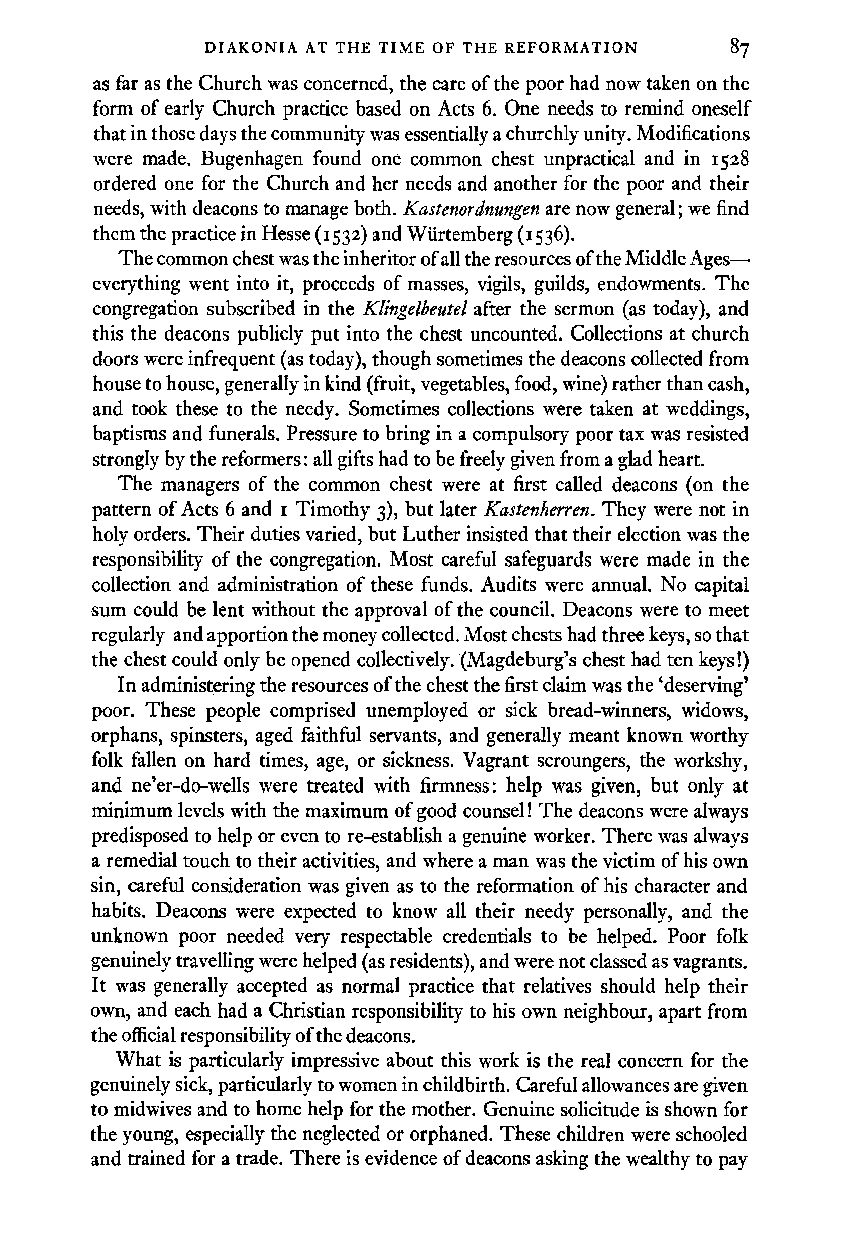
DIAKONIA AT THE TIME OF THE REFORMATION
 as far as the Church was concerned, the care of the poor had now taken on the
 form of early Church practice based on Acts 6. One needs to remind oneself
 that in those days the community was essentially a churchly unity. Modifications
 were made. Bugenhagen found one common chest unpractical and in I 528
 ordered one for the Church and her needs and another for the poor and their
 needs, with deacons to manage both. Kastenordnungen are now general; we find
 them the practice in Hesse (1532) and Wiirtemberg (1536).
 The common chest was the inheritor of all the resources of the Middle Ages
 everything went into it, proceeds of masses, vigils, guilds, endowments. The
 congregation subscribed in the Klingelbeutel after the sermon (as today), and
 this the deacons publicly put into the chest uncounted. Collections at church
 doors were infrequent (as today), though sometimes the deacons collected from
 house to house, generally in kind (fruit, vegetables, food, wine) rather than cash,
 and took these to the needy. Sometimes collections were taken at weddings,
 baptisms and funerals. Pressure to bring in a compulsory poor tax was resisted
 strongly by the reformers: all gifts had to be freely given from a glad heart.
 The managers of the common chest were at first called deacons ( on the
 pattern of Acts 6 and I Timothy 3), but later Kastenherren. They were not in
 holy orders. Their duties varied, but Luther insisted that their election was the
 responsibility of the congregation. Most careful safeguards were made in the
 collection and administration of these funds. Audits were annual. No capital
 sum could be lent without the approval of the council. Deacons were to meet
 regularly and apportion the money collected. Most chests had three keys, so that
 the chest could only be opened collectively. (Magdeburg's chest had ten keys!)
 In administering the resources of the chest the first claim was the 'deserving'
 poor. These people comprised unemployed or sick bread-winners, widows,
 orphans, spinsters, aged faithful servants, and generally meant known worthy
 folk fallen on hard times, age, or sickness. Vagrant scroungers, the workshy,
 and ne'er-do-wells were treated with firmness: help was given, but only at
 minimum levels with the maximum of good counsel! The deacons were always
 predisposed to help or even to re-establish a genuine worker. There was always
 a remedial touch to their activities, and where a man was the victim of his own
 sin, careful consideration was given as to the reformation of his character and
 habits. Deacons were expected to know all their needy personally, and the
 unknown poor needed very respectable credentials to be helped. Poor folk
 genuinely travelling were helped (as residents), and were not classed as vagrants.
 It was generally accepted as normal practice that relatives should help their
 own, and each had a Christian responsibility to his own neighbour, apart from
 the official responsibility of the deacons.
 What is particularly impressive about this work is the real concern for the
 genuinely sick, particularly to women in childbirth. Careful allowances are given
 to midwives and to home help for the mother. Genuine solicitude is shown for
 the young, especially the neglected or orphaned. These children were schooled
 and trained for a trade. There is evidence of deacons asking the wealthy to pay